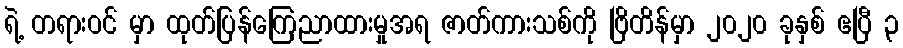
ရဲ့ တရားဝင် မှာ ထုတ်ပြန်ကြေညာထားမှုအရ ဇာတ်ကားသစ်ကို ဗြိတိန်မှာ ၂၀၂၀ ခုနှစ် ဧပြီ ၃